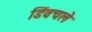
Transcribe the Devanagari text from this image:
डिंवचले